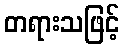
တရားသဖြင့်